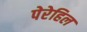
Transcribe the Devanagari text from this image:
पेरेहिल